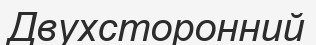
Двухсторонний